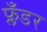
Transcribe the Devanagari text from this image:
फ्लँडर